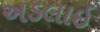
અડલાઇ